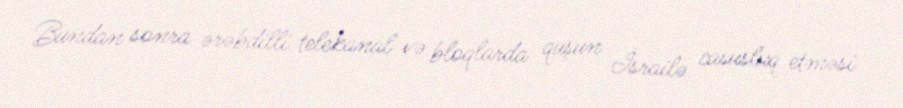
Bundan sonra ərəbdilli telekanal və bloqlarda quşun İsrailə casusluq etməsi